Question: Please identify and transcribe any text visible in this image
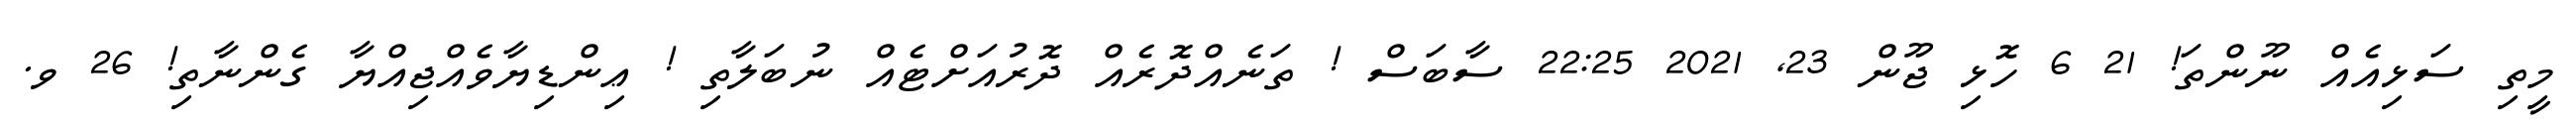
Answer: މީތި ސަޅިއެއް ނޫންތަ! 21 6 ހޮޅި ޖޫން 23, 2021 22:25 ސާބަސް ! ތަނެއްދޮރެއް ދޮރުއަށްޓެއް ނުބަލާތި ! ޢިންޑިޔާވެއްޖިއްޔާ ގެންނާތި! 26 ވ.